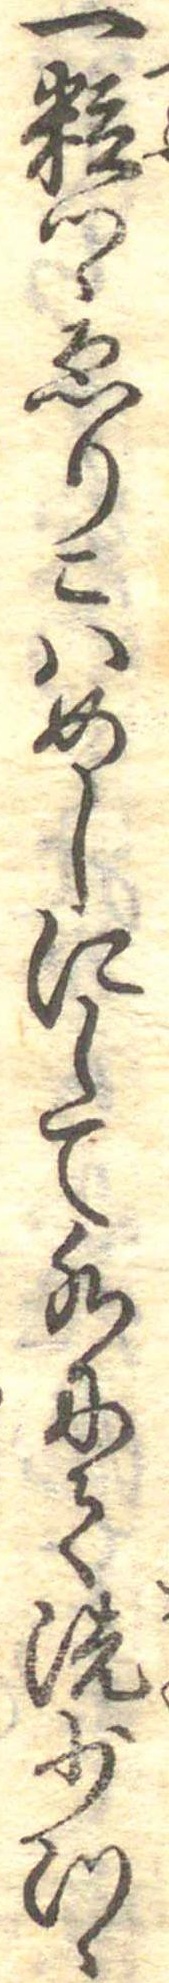
一粒つゝゑりこはめしにして水にて洗少つゝ